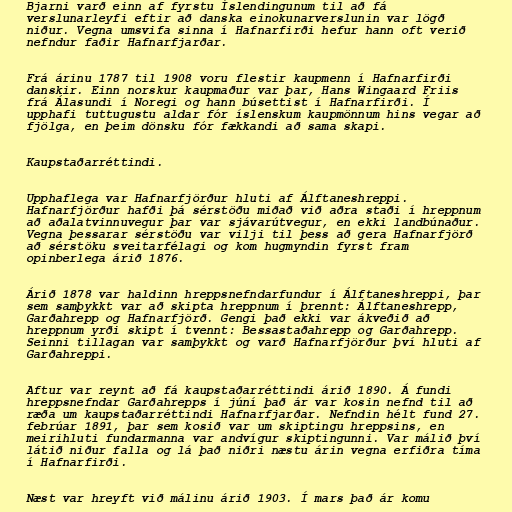
Bjarni varð einn af fyrstu Íslendingunum til að fá
verslunarleyfi eftir að danska einokunarverslunin var lögð
niður. Vegna umsvifa sinna í Hafnarfirði hefur hann oft verið
nefndur faðir Hafnarfjarðar.

Frá árinu 1787 til 1908 voru flestir kaupmenn í Hafnarfirði
danskir. Einn norskur kaupmaður var þar, Hans Wingaard Friis
frá Álasundi í Noregi og hann búsettist í Hafnarfirði. Í
upphafi tuttugustu aldar fór íslenskum kaupmönnum hins vegar að
fjölga, en þeim dönsku fór fækkandi að sama skapi.

Kaupstaðarréttindi.

Upphaflega var Hafnarfjörður hluti af Álftaneshreppi.
Hafnarfjörður hafði þá sérstöðu miðað við aðra staði í hreppnum
að aðalatvinnuvegur þar var sjávarútvegur, en ekki landbúnaður.
Vegna þessarar sérstöðu var vilji til þess að gera Hafnarfjörð
að sérstöku sveitarfélagi og kom hugmyndin fyrst fram
opinberlega árið 1876.

Árið 1878 var haldinn hreppsnefndarfundur í Álftaneshreppi, þar
sem samþykkt var að skipta hreppnum í þrennt: Álftaneshrepp,
Garðahrepp og Hafnarfjörð. Gengi það ekki var ákveðið að
hreppnum yrði skipt í tvennt: Bessastaðahrepp og Garðahrepp.
Seinni tillagan var samþykkt og varð Hafnarfjörður því hluti af
Garðahreppi.

Aftur var reynt að fá kaupstaðarréttindi árið 1890. Á fundi
hreppsnefndar Garðahrepps í júní það ár var kosin nefnd til að
ræða um kaupstaðarréttindi Hafnarfjarðar. Nefndin hélt fund 27.
febrúar 1891, þar sem kosið var um skiptingu hreppsins, en
meirihluti fundarmanna var andvígur skiptingunni. Var málið því
látið niður falla og lá það niðri næstu árin vegna erfiðra tíma
í Hafnarfirði.

Næst var hreyft við málinu árið 1903. Í mars það ár komu